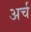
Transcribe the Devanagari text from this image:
अर्च